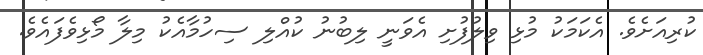
ކުރިއަށެވެ. އެކަމަކު މުޅި ވިލުފުށި އެވަނީ ލިބުނު ކުއްލި ސިހުމާއެކު މިލާ މޯޅިވެފައެވެ.